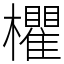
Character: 欋